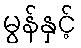
မွန်နှင့်